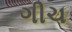
ગીચ